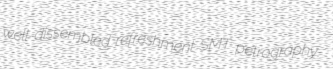
well-dissembled refreshment SMT petrography